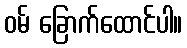
ဝမ် ခြောက်ထောင်ပါ။